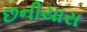
છનીયારા